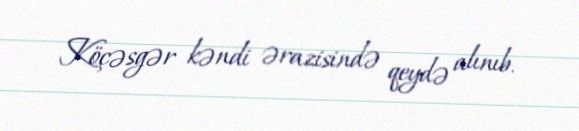
Köçəsgər kəndi ərazisində qeydə alınıb.